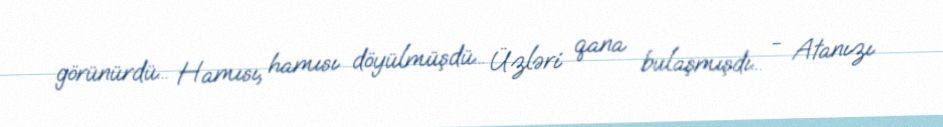
görünürdü... Hamısı, hamısı döyülmüşdü... Üzləri qana bulaşmışdı... - Atanızı